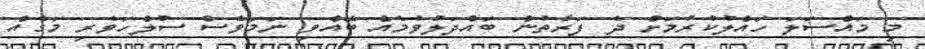
މި މައްސަލަ ހައްލުކުރުމަށް ދެ ފަރާތުން ބައްދަލުވުމެއް ބޭއްވި ނަމަވެސް ސުލްހަވެރި މަގެއް